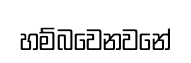
හම්බවෙනවනේ